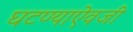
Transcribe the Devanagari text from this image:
घटण्याऐवजी